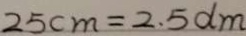
2 5 c m = 2 . 5 d m